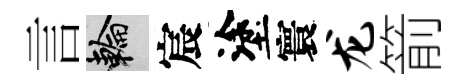
言輪宸塗寰龙箭